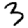
Digit: 3